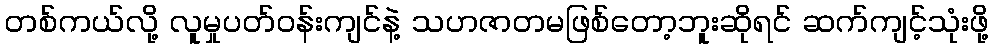
တစ်ကယ်လို့ လူမှုပတ်ဝန်းကျင်နဲ့ သဟဇာတမဖြစ်တော့ဘူးဆိုရင် ဆက်ကျင့်သုံးဖို့